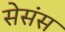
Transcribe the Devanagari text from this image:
सेसंस